65_HS1-834228961_62-HQ-83894_Section_8
Agency: FBI
Page 143
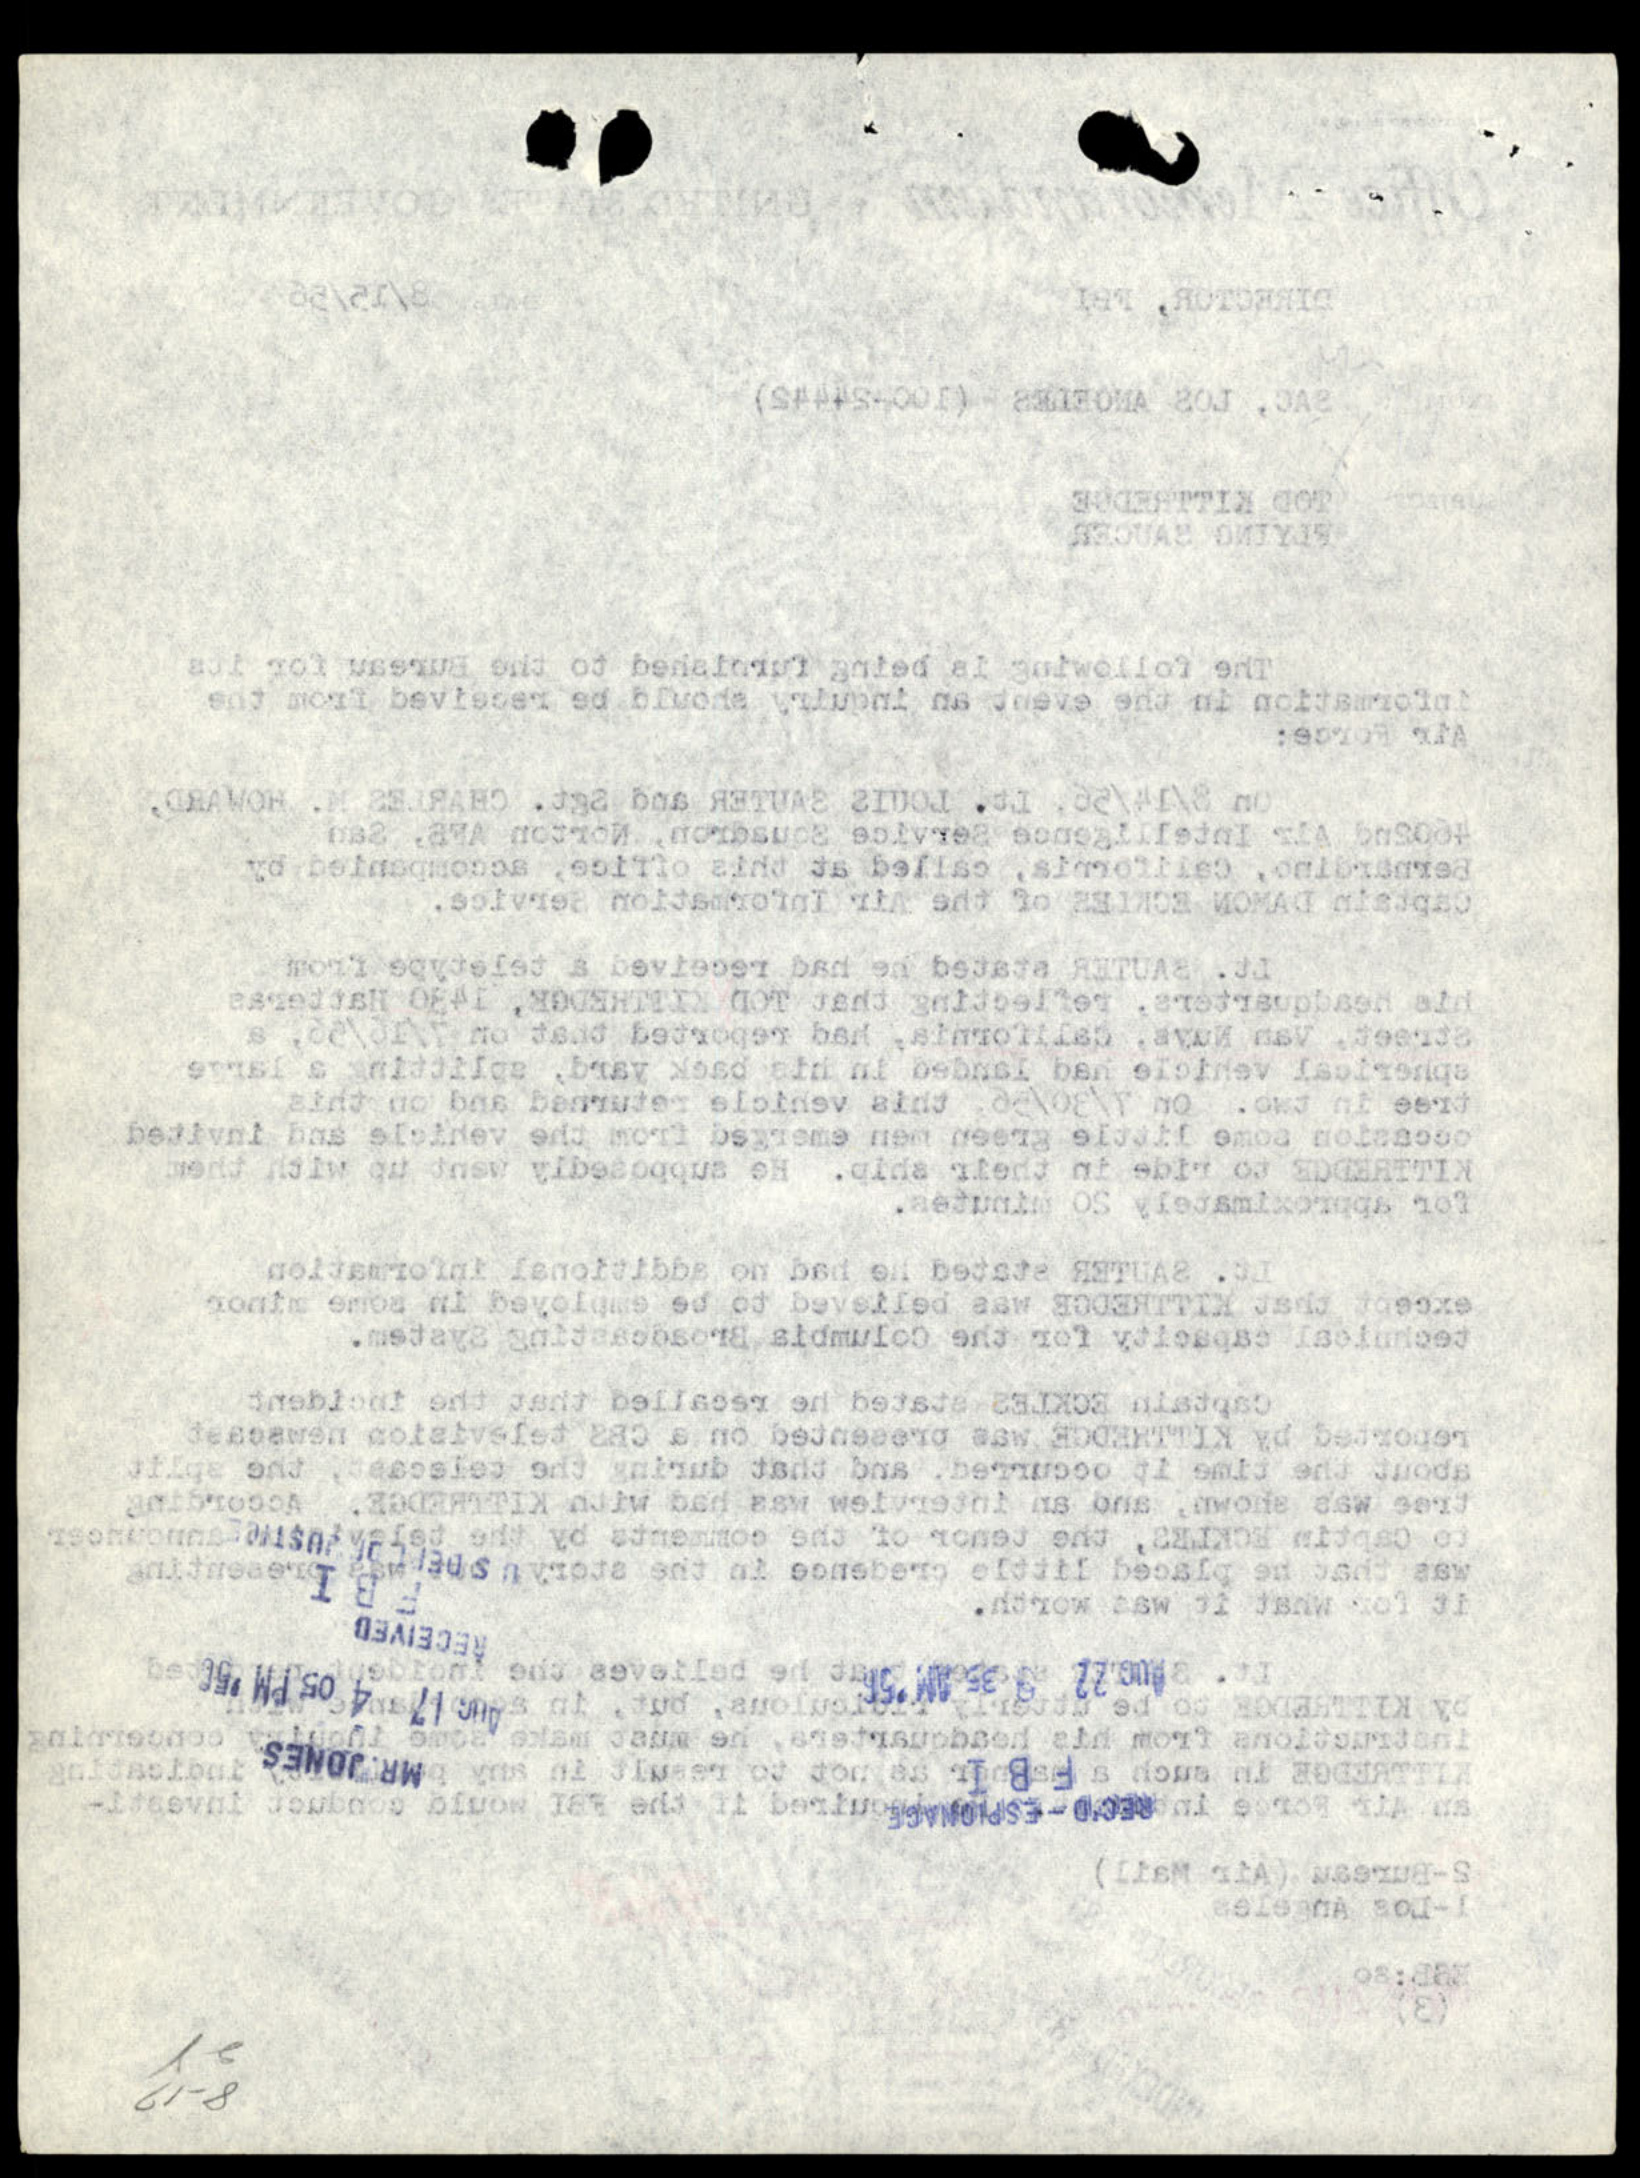